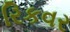
રિકવર